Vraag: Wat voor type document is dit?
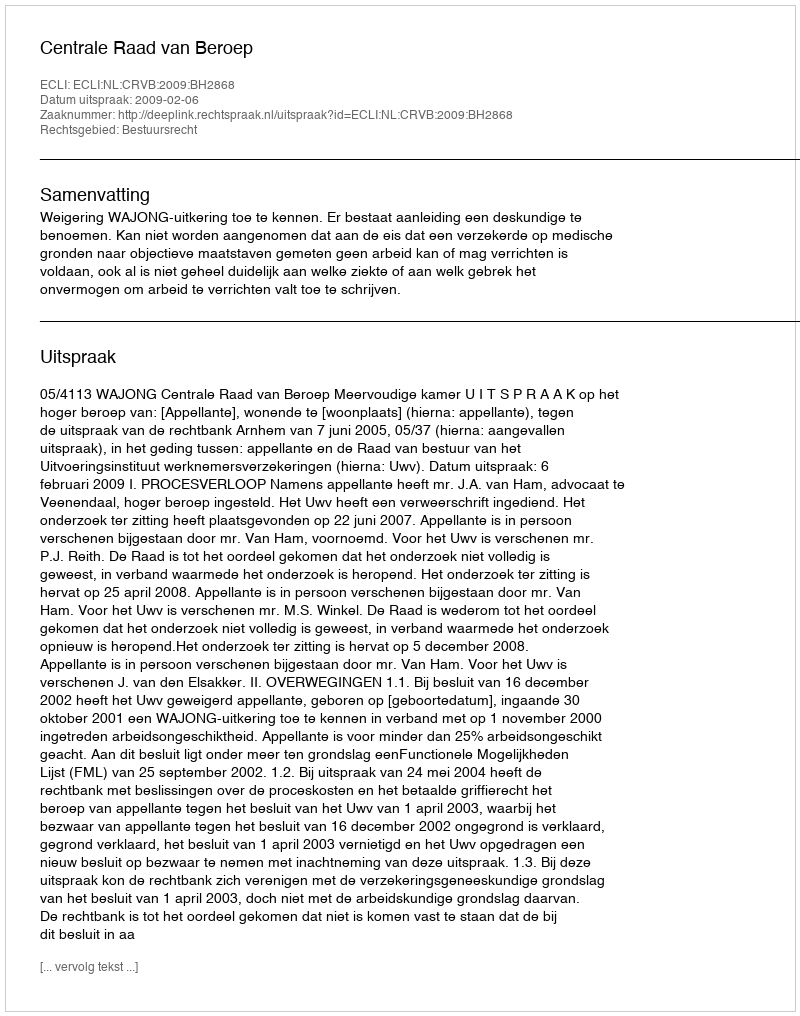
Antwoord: Uitspraak